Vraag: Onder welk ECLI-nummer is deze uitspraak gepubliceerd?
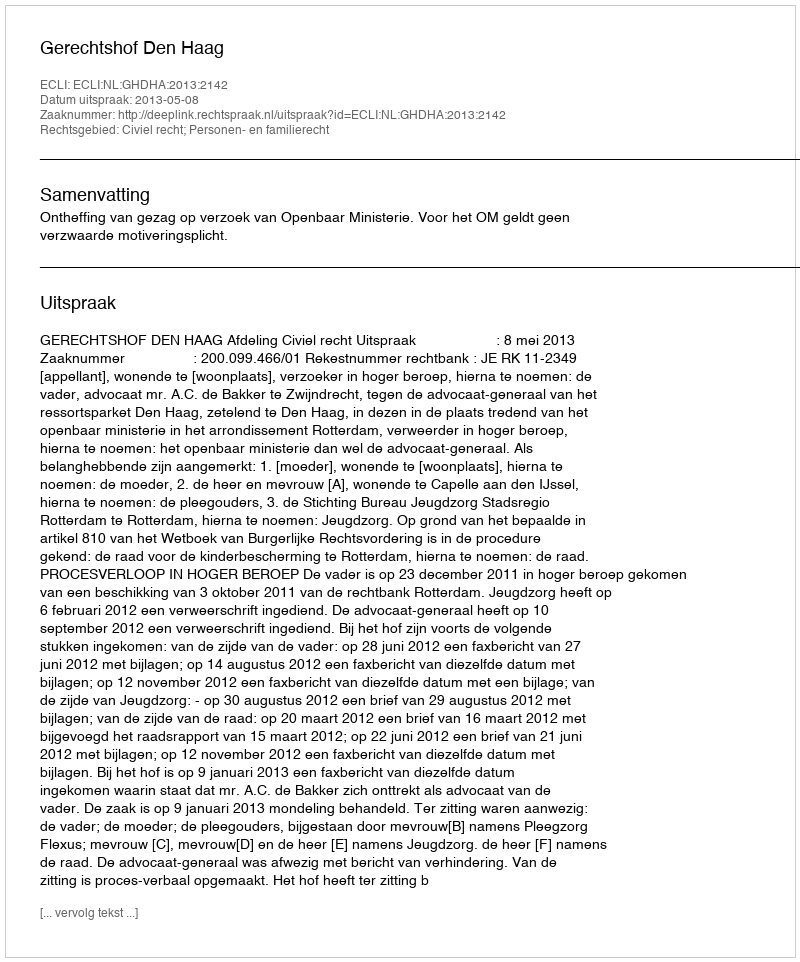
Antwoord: ECLI:NL:GHDHA:2013:2142